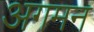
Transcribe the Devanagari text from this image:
अगमन